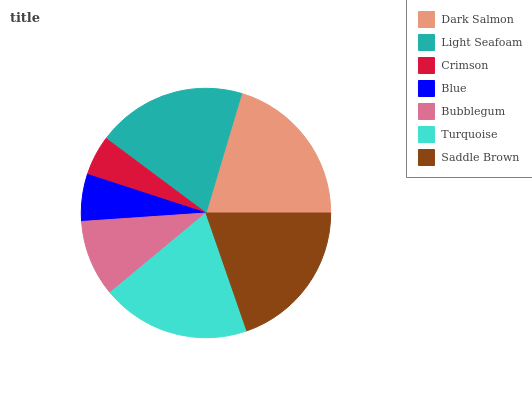
| Dark Salmon | Light Seafoam | Crimson | Blue | Bubblegum | Turquoise | Saddle Brown |
 | --- | --- | --- | --- | --- | --- | --- |
 | 20.4% | 19.4% | 5.19% | 6.1% | 9.93% | 19.3% | 19.7% |